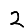
Digit: 2